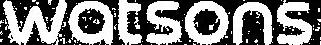
WATSONS